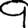
Digit: 9